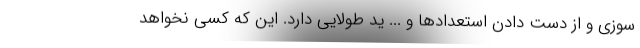
سوزی و از دست دادن استعدادها و ... ید طولایی دارد. این که کسی نخواهد